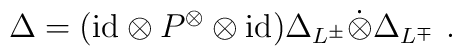
\Delta=({\rm id}\otimes P^\otimes \otimes{\rm id})\Delta_{L^\pm}\dot{\otimes}\Delta_{L^\mp}~.